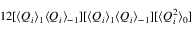
1 2 [ \langle Q _ { i } \rangle _ { 1 } \langle Q _ { i } \rangle _ { - 1 } ] [ \langle Q _ { i } \rangle _ { 1 } \langle Q _ { i } \rangle _ { - 1 } ] [ \langle Q _ { i } ^ { 2 } \rangle _ { 0 } ]